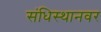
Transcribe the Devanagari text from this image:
संधिस्थानवर